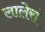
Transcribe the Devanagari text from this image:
लालेरां